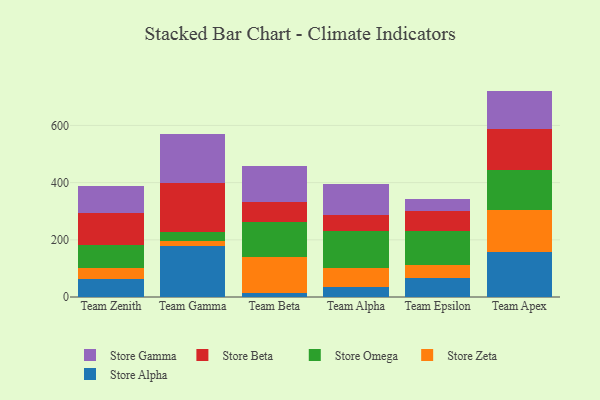
{"axis": {"x": "Team", "y": "Active Users"}, "legend": ["Store Alpha", "Store Beta", "Store Gamma", "Store Omega", "Store Zeta"], "data": [{"x": "Team Zenith", "y": 64.2, "type": "Store Alpha"}, {"x": "Team Zenith", "y": 35.7, "type": "Store Zeta"}, {"x": "Team Zenith", "y": 81.8, "type": "Store Omega"}, {"x": "Team Zenith", "y": 110.4, "type": "Store Beta"}, {"x": "Team Zenith", "y": 96.8, "type": "Store Gamma"}, {"x": "Team Gamma", "y": 176.8, "type": "Store Alpha"}, {"x": "Team Gamma", "y": 18.5, "type": "Store Zeta"}, {"x": "Team Gamma", "y": 33.6, "type": "Store Omega"}, {"x": "Team Gamma", "y": 170.1, "type": "Store Beta"}, {"x": "Team Gamma", "y": 172.8, "type": "Store Gamma"}, {"x": "Team Beta", "y": 13.6, "type": "Store Alpha"}, {"x": "Team Beta", "y": 125.9, "type": "Store Zeta"}, {"x": "Team Beta", "y": 123.3, "type": "Store Omega"}, {"x": "Team Beta", "y": 70.6, "type": "Store Beta"}, {"x": "Team Beta", "y": 125.2, "type": "Store Gamma"}, {"x": "Team Alpha", "y": 34.2, "type": "Store Alpha"}, {"x": "Team Alpha", "y": 68.7, "type": "Store Zeta"}, {"x": "Team Alpha", "y": 129.6, "type": "Store Omega"}, {"x": "Team Alpha", "y": 55.0, "type": "Store Beta"}, {"x": "Team Alpha", "y": 106.3, "type": "Store Gamma"}, {"x": "Team Epsilon", "y": 66.7, "type": "Store Alpha"}, {"x": "Team Epsilon", "y": 44.7, "type": "Store Zeta"}, {"x": "Team Epsilon", "y": 119.2, "type": "Store Omega"}, {"x": "Team Epsilon", "y": 71.3, "type": "Store Beta"}, {"x": "Team Epsilon", "y": 39.6, "type": "Store Gamma"}, {"x": "Team Apex", "y": 157.9, "type": "Store Alpha"}, {"x": "Team Apex", "y": 145.1, "type": "Store Zeta"}, {"x": "Team Apex", "y": 142.6, "type": "Store Omega"}, {"x": "Team Apex", "y": 140.7, "type": "Store Beta"}, {"x": "Team Apex", "y": 134.7, "type": "Store Gamma"}]}